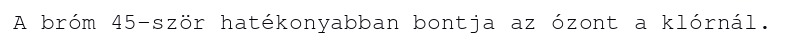
A bróm 45-ször hatékonyabban bontja az ózont a klórnál.